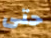
حتى